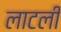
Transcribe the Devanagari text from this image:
लाटली